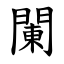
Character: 䦨